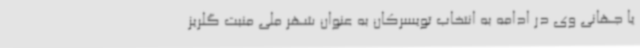
یا جهانی وی در ادامه به انتخاب تویسرکان به عنوان شهر ملی منبت گلریز